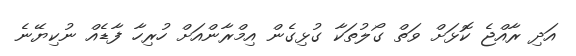
އަދި ރާއްޖެ ކޮޅަށް ވަތް ގޯލުތަކާ ގުޅިގެން އިމްރާންއަށް ހުރިހާ ފާޑެއް ނުކިޔޭނެ